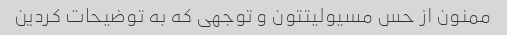
ممنون از حس مسیولیتتون و توجهی که به توضیحات کردین